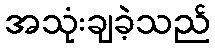
အသုံးချခဲ့သည်